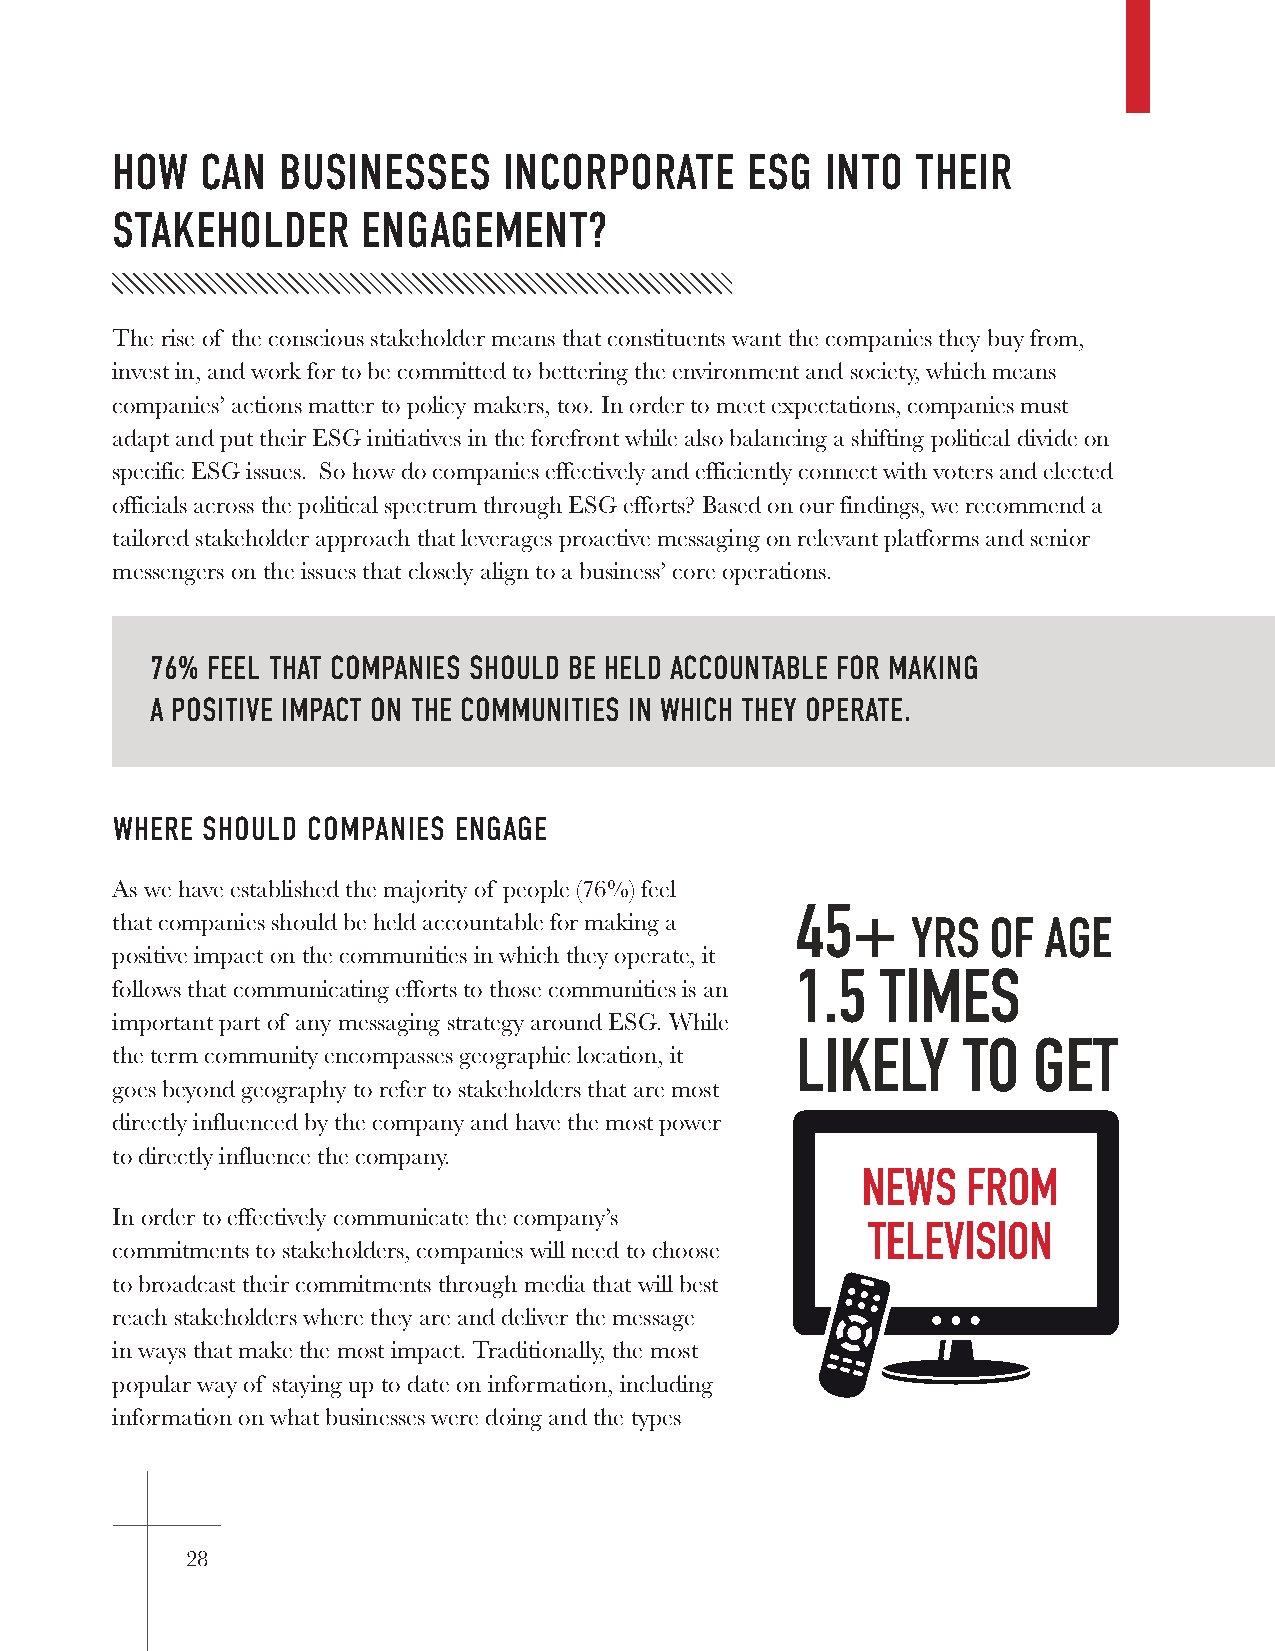
HOW   CAN  BUSINESSES     INCORPORATE     ESG   INTO  THEIR
 STAKEHOLDER      ENGAGEMENT?
 The rise of the conscious stakeholder means that constituents want the companies they buy from,
 invest in, and work for to be committed to bettering the environment and society, which means
 companies’ actions matter to policy makers, too. In order to meet expectations, companies must
 1,240    REGISTERED
 adapt and put their ESG initiatives in the forefront while also balancing a shifting political divide on
 specific ESG issues. So how do companies effectively and efficiently connect with voters and elected
 VOTERS      WERE     SURVEYED
 officials across the political spectrum through ESG efforts? Based on our findings, we recommend a
 tailored stakeholder approach that leverages proactive messaging on relevant platforms and senior
 REGARDING THEIR
 messengers on the issues that closely align to a business’ core operations.
 VIEWS ON ESG ISSUES
 AND POLITICAL
 76% FEEL THAT COMPANIES SHOULD BE HELD ACCOUNTABLE FOR MAKING
 AFFILIATIONS
 A POSITIVE IMPACT ON THE COMMUNITIES IN WHICH THEY OPERATE.
 WHERE SHOULD COMPANIES ENGAGE
 As we have established the majority of people (76%) feel
 45+
 that companies should be held accountable for making a YRS OF AGE
 positive impact on the communities in which they operate, it
 1.5  TIMES
 follows that communicating efforts to those communities is an
 important part of any messaging strategy around ESG. While
 LIKELY     TO  GET
 the term community encompasses geographic location, it
 goes beyond geography to refer to stakeholders that are most
 directly influenced by the company and have the most power
 to directly influence the company.
 NEWS   FROM
 In order to effectively communicate the company’s
 TELEVISION
 commitments to stakeholders, companies will need to choose
 to broadcast their commitments through media that will best
 reach stakeholders where they are and deliver the message
 in ways that make the most impact. Traditionally, the most
 popular way of staying up to date on information, including
 information on what businesses were doing and the types
 28